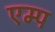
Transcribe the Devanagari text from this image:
एम्प